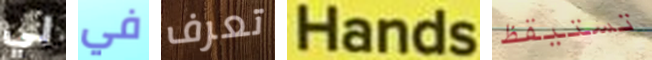
لي في تعرف Hands تستيقظ